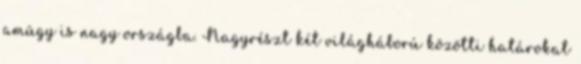
amúgy is nagy országba. Nagyrészt két világháború közötti határokat